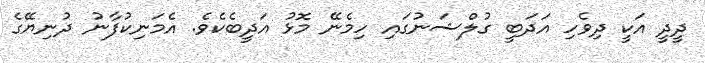
ދީދީ އަކީ ދިވެހި އަދަބީ ގުލްޝަނުގައި ހިމެނޭ މޮޅު އަދީބެކެވެ. އެމަނިކުފާނު ދުނިޔޭގެ